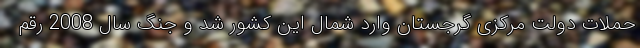
حملات دولت مرکزی گرجستان وارد شمال این کشور شد و جنگ سال 2008 رقم